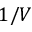
1 / V